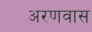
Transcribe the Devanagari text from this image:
अरणवास